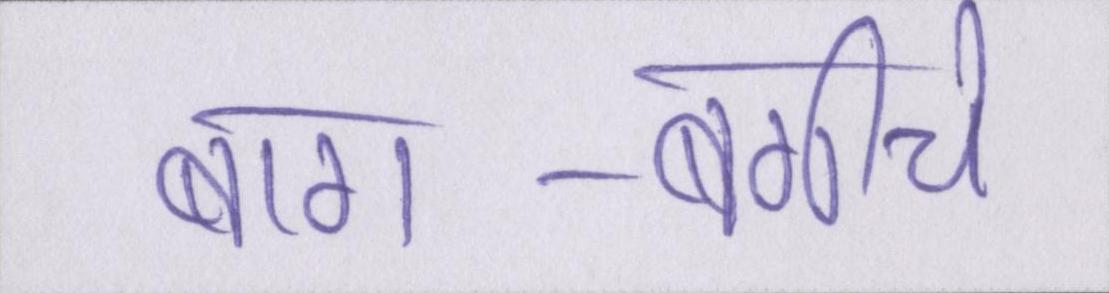
बाग-बगीचे